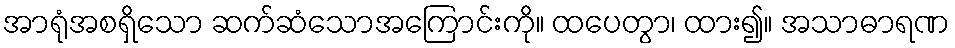
အာရုံအစရှိသော ဆက်ဆံသောအကြောင်းကို။ ထပေတွာ၊ ထား၍။ အသာဓာရဏ